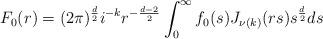
LaTeX: \begin{align*}F_0(r)=(2\pi)^{\frac{d}{2}}i^{-k}r^{-\frac{d-2}{2}}\int_0^\infty f_0(s)J_{\nu(k)}(rs)s^{\frac{d}{2}} ds\end{align*}